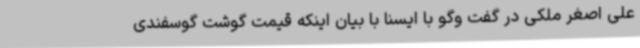
علی اصغر ملکی در گفت وگو با ایسنا با بیان اینکه قیمت گوشت گوسفندی